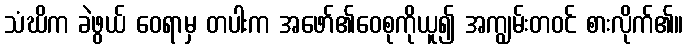
သံဃိက ခဲဖွယ် ဝေရာမှ တပါးက အဖော်၏ဝေစုကိုယူ၍ အကျွမ်းတဝင် စားလိုက်၏။